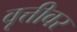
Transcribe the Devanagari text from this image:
वृत्तीवर